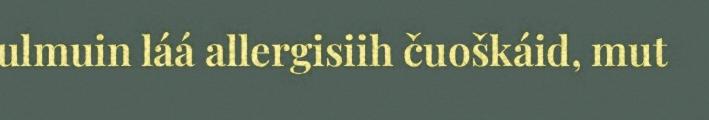
ulmuin láá allergisiih čuoškáid, mut